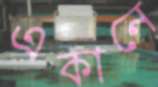
একানে